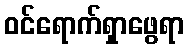
ဝင်ရောက်ရှာဖွေရာ